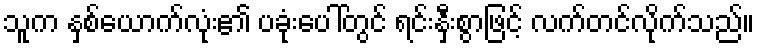
သူက နှစ်ယောက်လုံး၏ ပခုံးပေါ်တွင် ရင်းနှီးစွာဖြင့် လက်တင်လိုက်သည်။